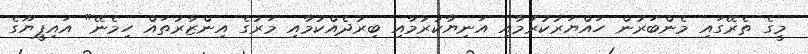
މީގެ ތެރޭގައި މެންބަރުން ހައްޔަރުކުރުމާއި އަނިޔާކުރުމާއި ބިރުދެއްކުމާއި މަރުގެ އިންޒާރުތައް ހިމެނޭ" އައިޕީޔޫގެ